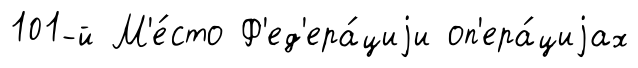
101-й М'е́сто Ф'ед'ера́циjи оп'ера́циjах